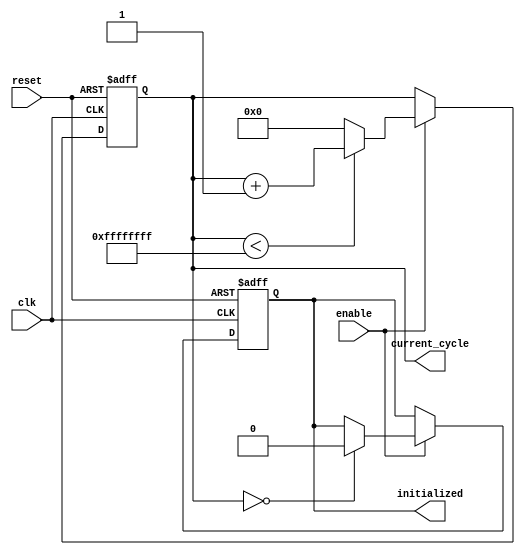
module ClockCycleInitialization (
    input wire clk,             // Clock signal
    input wire reset,           // Asynchronous reset signal
    input wire enable,          // Control signal to enable counting
    output reg [31:0] current_cycle, // Register to hold the current cycle count
    output reg initialized      // Flag indicating initialization status
);

    // Define the maximum cycle count (for demonstration purposes, set to a predefined limit)
    parameter MAX_CYCLES = 32'hFFFFFFFF; // Example maximum cycle count

    // Always block to handle reset and clock events
    always @(posedge clk or posedge reset) begin
        if (reset) begin
            // On reset, initialize the current cycle and set initialized flag
            current_cycle <= 32'b0;
            initialized <= 1'b1; // Set initialized to true during initialization
        end else if (enable) begin
            // When enable is high, increment the current cycle count
            if (current_cycle < MAX_CYCLES) begin
                current_cycle <= current_cycle + 1;
            end else begin
                // Reset current_cycle if it reaches the maximum count
                current_cycle <= 32'b0;
            end
            
            // After the first increment, set initialized to false
            initialized <= (current_cycle == 32'b0) ? 1'b0 : initialized;
        end
    end

endmodule